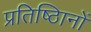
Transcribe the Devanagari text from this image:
प्रतिष्ठिानों